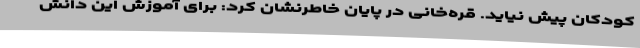
کودکان پیش نیاید. قره‌خانی در پایان خاطرنشان کرد: برای آموزش این دانش